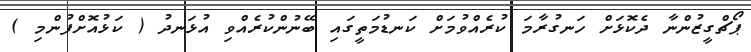
ޕޯޗްގީޒުންނާ ދެކޮޅަށް ހަނގުރާމަ ކުރެއްވުމަށް ކަނޑުމަތީގައި ބޭނުންކުރެއްވި އުޅަނދު ( ކަޅުއޮށްފުންމި )